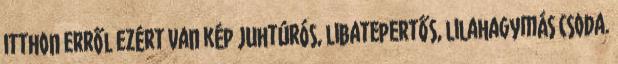
itthon erről ezért van kép Juhtúrós, libatepertős, lilahagymás csoda.